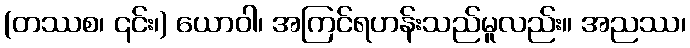
(တဿစ၊ ၎င်း၊) ယောဝါ၊ အကြင်ရဟန်းသည်မူလည်း။ အညဿ၊